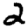
Digit: 2